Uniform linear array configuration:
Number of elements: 16
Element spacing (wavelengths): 0.75
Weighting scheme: cosine
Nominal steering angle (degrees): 45
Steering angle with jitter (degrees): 46.418
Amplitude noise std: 0.05
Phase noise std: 0.05

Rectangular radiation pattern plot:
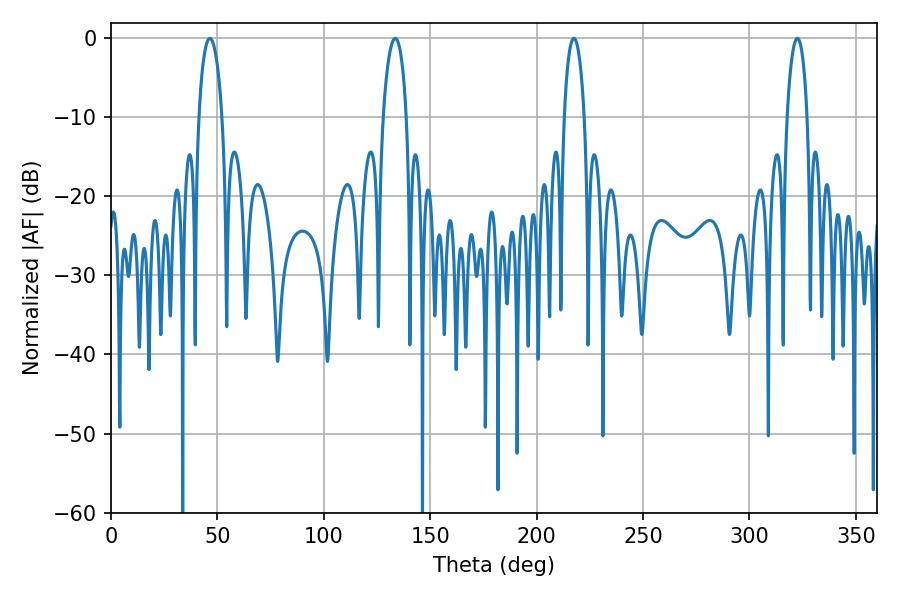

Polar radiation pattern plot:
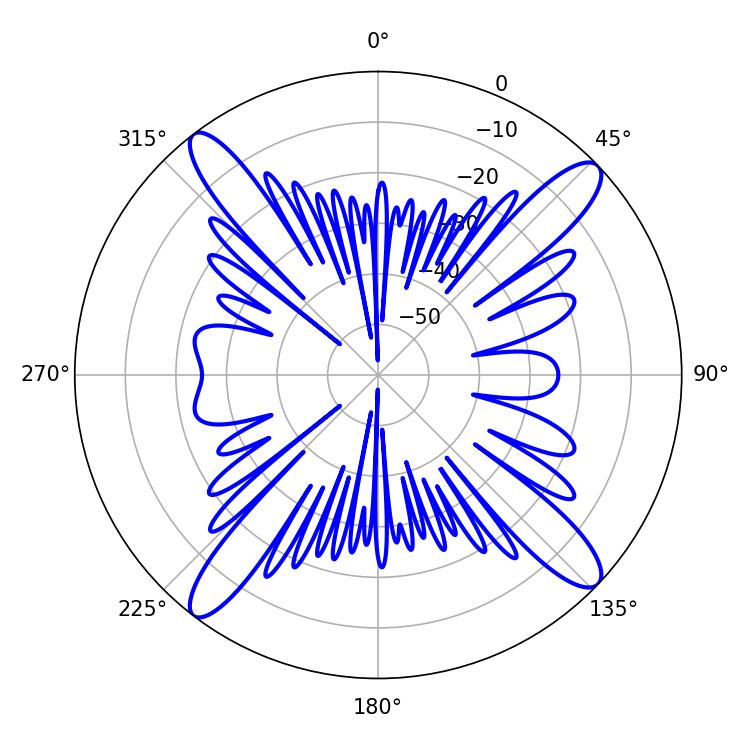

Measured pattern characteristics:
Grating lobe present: TRUE
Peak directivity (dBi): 16.255
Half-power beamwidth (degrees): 6.3
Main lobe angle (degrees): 46.44